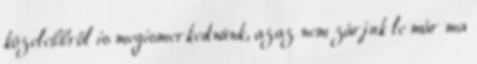
közelebbről is megismerkednünk, azaz nem zárjuk le már ma